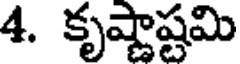
4. కృష్ణాష్టమి